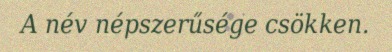
A név népszerűsége csökken.